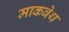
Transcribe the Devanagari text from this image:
माकबेथ